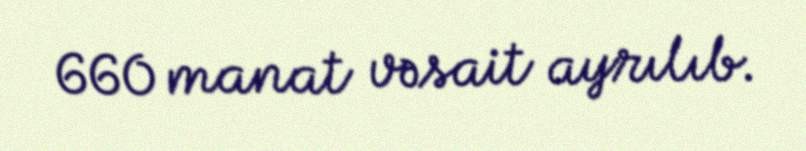
660 manat vəsait ayrılıb.